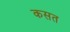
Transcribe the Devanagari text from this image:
कसत